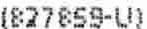
(827859-U)